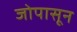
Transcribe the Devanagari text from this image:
जोपासून